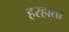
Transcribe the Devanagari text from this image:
हरहाता